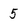
Character: 5